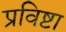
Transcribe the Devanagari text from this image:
प्रविष्टा